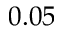
0 . 0 5